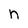
Character: n